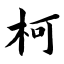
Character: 柯